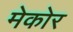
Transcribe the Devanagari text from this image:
मेकोर